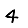
Digit: 4